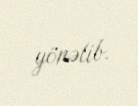
yönəlib.